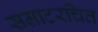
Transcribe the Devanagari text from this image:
सम्राटरचित